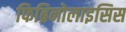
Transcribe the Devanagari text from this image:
फिब्रिनोलाइसिस